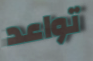
تواعد